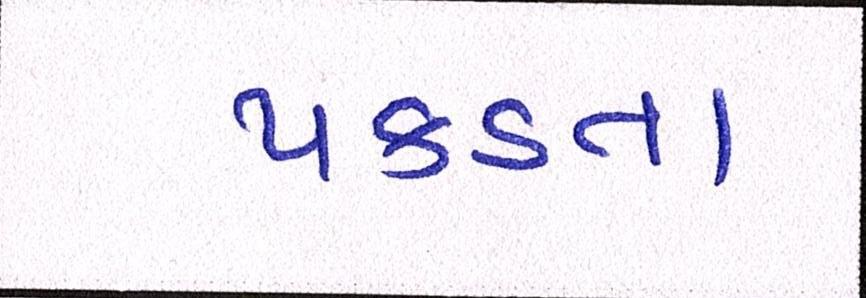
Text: પકડતા